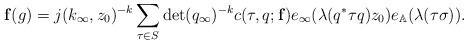
LaTeX: \begin{align*}\mathbf{f}(g)=j(k_{\infty},z_0)^{-k}\sum_{\tau\in S}\det(q_{\infty})^{-k}c(\tau,q;\mathbf{f})e_{\infty}(\lambda(q^{\ast}\tau q)z_0)e_{\mathbb{A}}(\lambda(\tau\sigma)).\end{align*}